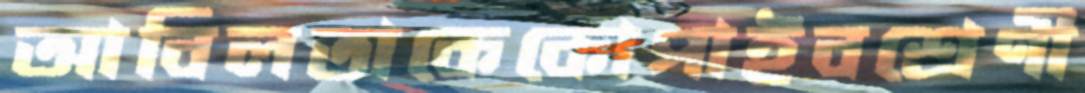
আবিলতাকেকোপাইবশ্রেণী